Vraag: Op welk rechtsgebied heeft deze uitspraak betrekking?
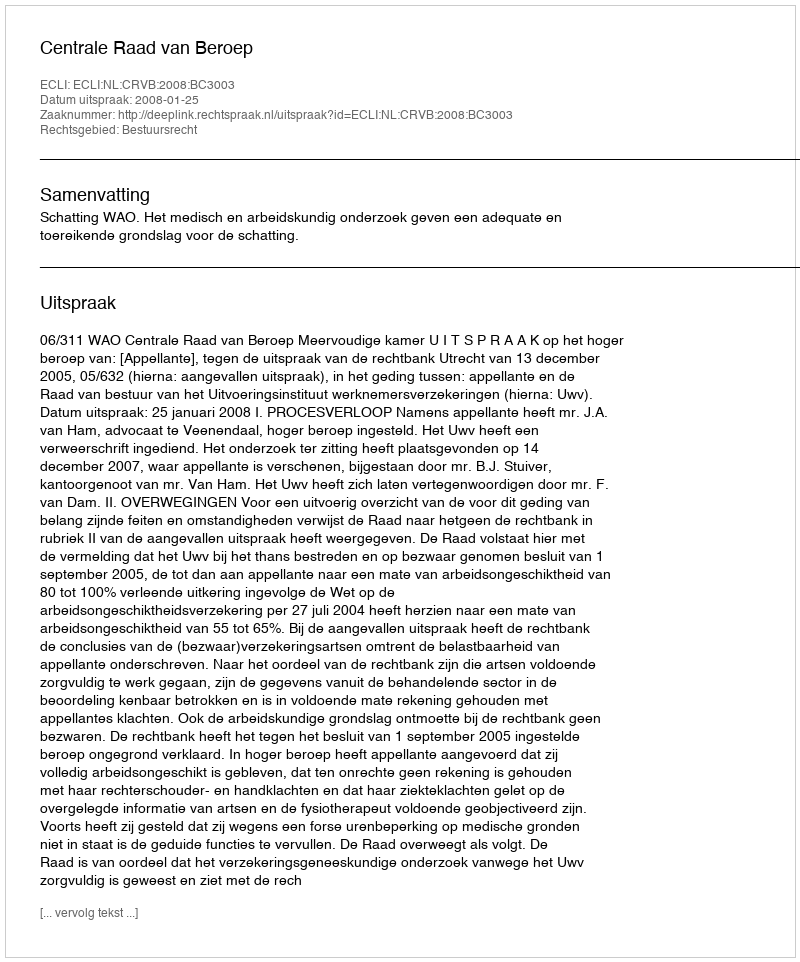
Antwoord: Bestuursrecht